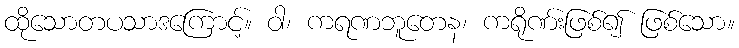
ထိုသောတပသာဒကြောင့်။ ဝါ၊ ကရဏဘူတေန၊ ကရိုဏ်းဖြစ်၍ ဖြစ်သော။